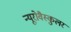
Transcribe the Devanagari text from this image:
न्यूरोवैस्कुलर